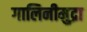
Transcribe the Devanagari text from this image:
गालिनीमुद्रा